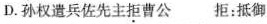
D.孙权遣兵佐先主拒曹公 拒:抵御